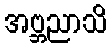
အဗ္ဘညာသိ